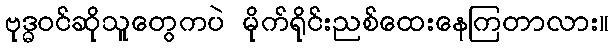
ဗုဒ္ဓဝင်ဆိုသူတွေကပဲ မိုက်ရိုင်းညစ်ထေးနေကြတာလား။